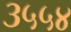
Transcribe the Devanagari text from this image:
३५५४